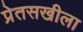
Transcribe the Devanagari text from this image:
प्रेतसखीला